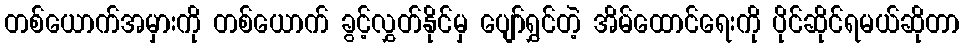
တစ်ယောက်အမှားကို တစ်ယောက် ခွင့်လွှတ်နိုင်မှ ပျော်ရွှင်တဲ့ အိမ်ထောင်ရေးကို ပိုင်ဆိုင်ရမယ်ဆိုတာ